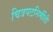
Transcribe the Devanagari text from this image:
चित्रपटनिर्मीती